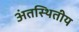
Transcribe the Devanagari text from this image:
अंतस्थितीय